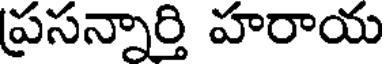
ప్రసన్నార్తి హరాయ